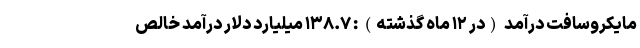
مایکروسافت درآمد (در ۱۲ ماه گذشته) : ۱۳۸.۷ میلیارد دلار درآمد خالص